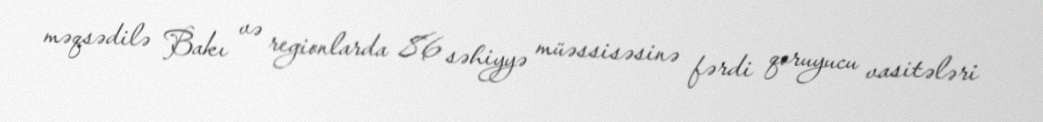
məqsədilə Bakı və regionlarda 86 səhiyyə müəssisəsinə fərdi qoruyucu vasitələri